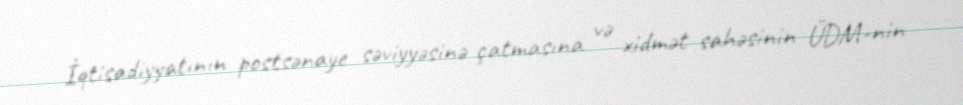
İqtisadiyyatının postsənaye səviyyəsinə çatmasına və xidmət sahəsinin ÜDM-nin